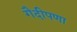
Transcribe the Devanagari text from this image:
गैदीपणा